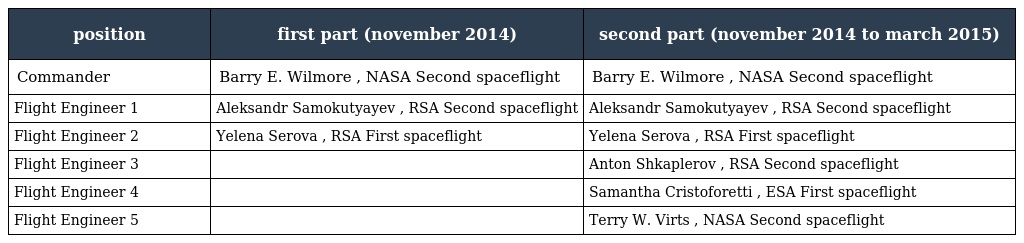
| position | first part (november 2014) | second part (november 2014 to march 2015) |
 | --- | --- | --- |
 | Commander | Barry E. Wilmore , NASA Second spaceflight | Barry E. Wilmore , NASA Second spaceflight |
 | Flight Engineer 1 | Aleksandr Samokutyayev , RSA Second spaceflight | Aleksandr Samokutyayev , RSA Second spaceflight |
 | Flight Engineer 2 | Yelena Serova , RSA First spaceflight | Yelena Serova , RSA First spaceflight |
 | Flight Engineer 3 |  | Anton Shkaplerov , RSA Second spaceflight |
 | Flight Engineer 4 |  | Samantha Cristoforetti , ESA First spaceflight |
 | Flight Engineer 5 |  | Terry W. Virts , NASA Second spaceflight |